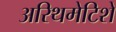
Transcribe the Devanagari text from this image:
अरिथमेटिशे